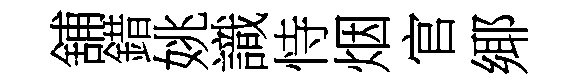
舖錯姚識恃烟官鄊